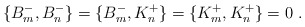
\begin{align*}\{ B^-_m , B^-_n \} = \{ B^-_m , K^+_n \} = \{ K^+_m , K^+_n \} = 0 \ .\end{align*}